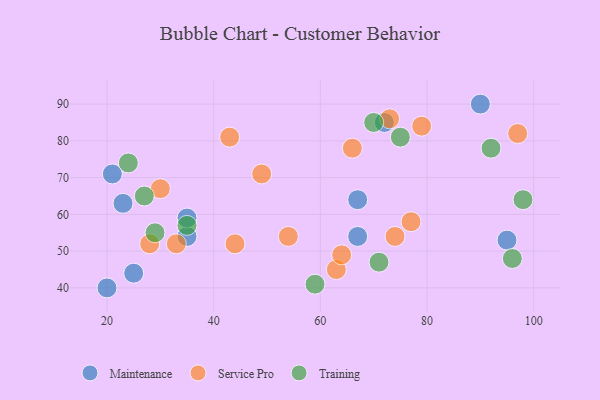
{"axis": {"x": "GDP", "y": "Life Expectancy"}, "legend": ["Maintenance", "Service Pro", "Training"], "data": [{"x": "95", "y": 53, "type": "Maintenance"}, {"x": "90", "y": 90, "type": "Maintenance"}, {"x": "21", "y": 71, "type": "Maintenance"}, {"x": "67", "y": 54, "type": "Maintenance"}, {"x": "72", "y": 85, "type": "Maintenance"}, {"x": "35", "y": 54, "type": "Maintenance"}, {"x": "20", "y": 40, "type": "Maintenance"}, {"x": "23", "y": 63, "type": "Maintenance"}, {"x": "67", "y": 64, "type": "Maintenance"}, {"x": "25", "y": 44, "type": "Maintenance"}, {"x": "35", "y": 59, "type": "Maintenance"}, {"x": "63", "y": 45, "type": "Service Pro"}, {"x": "97", "y": 82, "type": "Service Pro"}, {"x": "66", "y": 78, "type": "Service Pro"}, {"x": "28", "y": 52, "type": "Service Pro"}, {"x": "44", "y": 52, "type": "Service Pro"}, {"x": "30", "y": 67, "type": "Service Pro"}, {"x": "49", "y": 71, "type": "Service Pro"}, {"x": "43", "y": 81, "type": "Service Pro"}, {"x": "64", "y": 49, "type": "Service Pro"}, {"x": "77", "y": 58, "type": "Service Pro"}, {"x": "74", "y": 54, "type": "Service Pro"}, {"x": "73", "y": 86, "type": "Service Pro"}, {"x": "33", "y": 52, "type": "Service Pro"}, {"x": "54", "y": 54, "type": "Service Pro"}, {"x": "79", "y": 84, "type": "Service Pro"}, {"x": "71", "y": 47, "type": "Training"}, {"x": "75", "y": 81, "type": "Training"}, {"x": "92", "y": 78, "type": "Training"}, {"x": "24", "y": 74, "type": "Training"}, {"x": "59", "y": 41, "type": "Training"}, {"x": "70", "y": 85, "type": "Training"}, {"x": "98", "y": 64, "type": "Training"}, {"x": "96", "y": 48, "type": "Training"}, {"x": "27", "y": 65, "type": "Training"}, {"x": "35", "y": 57, "type": "Training"}, {"x": "29", "y": 55, "type": "Training"}]}